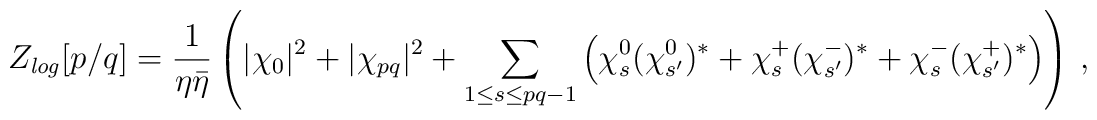
Z_{{\it log}}[p/q] = \frac{1}{\eta\bar{\eta}}\left(|\chi_0|^2                       + |\chi_{pq}|^2                       + \sum_{1\leq s\leq pq-1}\left(\chi_s^0(\chi_{s'}^0)^*                       + \chi_s^+(\chi_{s'}^-)^*                       + \chi_s^-(\chi_{s'}^+)^*\right)\right)\,,